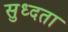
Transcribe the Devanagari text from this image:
सुध्दता